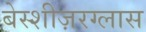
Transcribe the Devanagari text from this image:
बेस्शीज़रग्लास